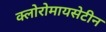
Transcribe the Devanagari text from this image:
क्लोरोमायसेटीन